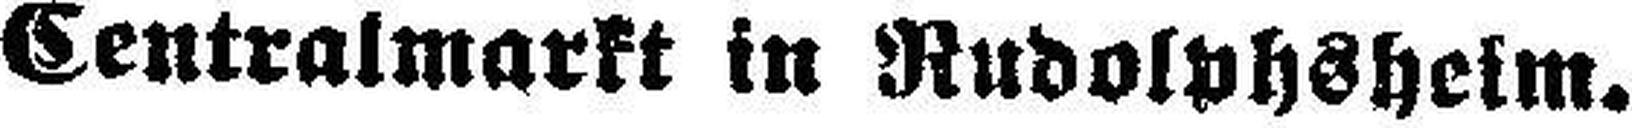
Centralmarkt in Rudolphsheim.